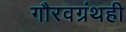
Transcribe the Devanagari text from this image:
गौरवग्रंथही